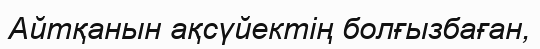
Айтқанын ақсүйектің болғызбаған,